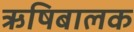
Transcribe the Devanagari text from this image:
ऋषिबालक